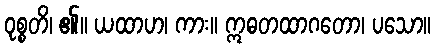
ဝုစ္စတိ၊ ၏။ ယထာဟ၊ ကား။ ဣဓတထာဂတော၊ ပသော။